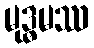
မုဒ္ဓမဿ